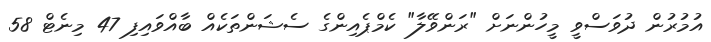
އުމުރުން ދުވަސްވީ މީހުންނަށް "ރަންވޭލާ" ކެމްޕެއިންގެ ސެޝަންތަކެއް ބާއްވައިފި 47 މިނެޓް 58